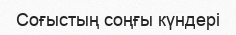
Соғыстың соңғы күндері